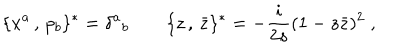
LaTeX: \{ x ^ { a } \, , \, p _ { b } \} ^ { \ast } = \delta ^ { a } { } _ { b } \qquad \{ z \, , \, \bar { z } \} ^ { \ast } = - \frac { i } { 2 s } ( 1 - z \bar { z } ) ^ { 2 } \; ,